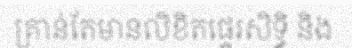
គ្រាន់តែមានលិខិតផ្ទេរសិទ្ធិ និង